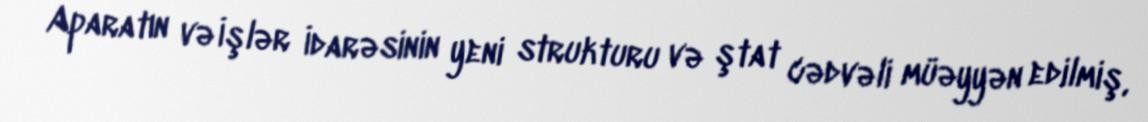
Aparatın və İşlər İdarəsinin yeni strukturu və ştat cədvəli müəyyən edilmiş,